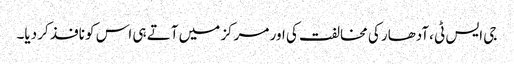
جی ایس ٹی ،آدھار کی مخالفت کی اور مرکز میں آتے ہی اس کو نافذ کر دیا۔